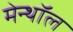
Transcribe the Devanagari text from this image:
मेन्थॉल